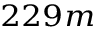
^ { 2 2 9 m }